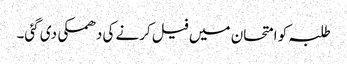
طلبہ کو امتحان میں فیل کرنے کی دھمکی دی گئی۔